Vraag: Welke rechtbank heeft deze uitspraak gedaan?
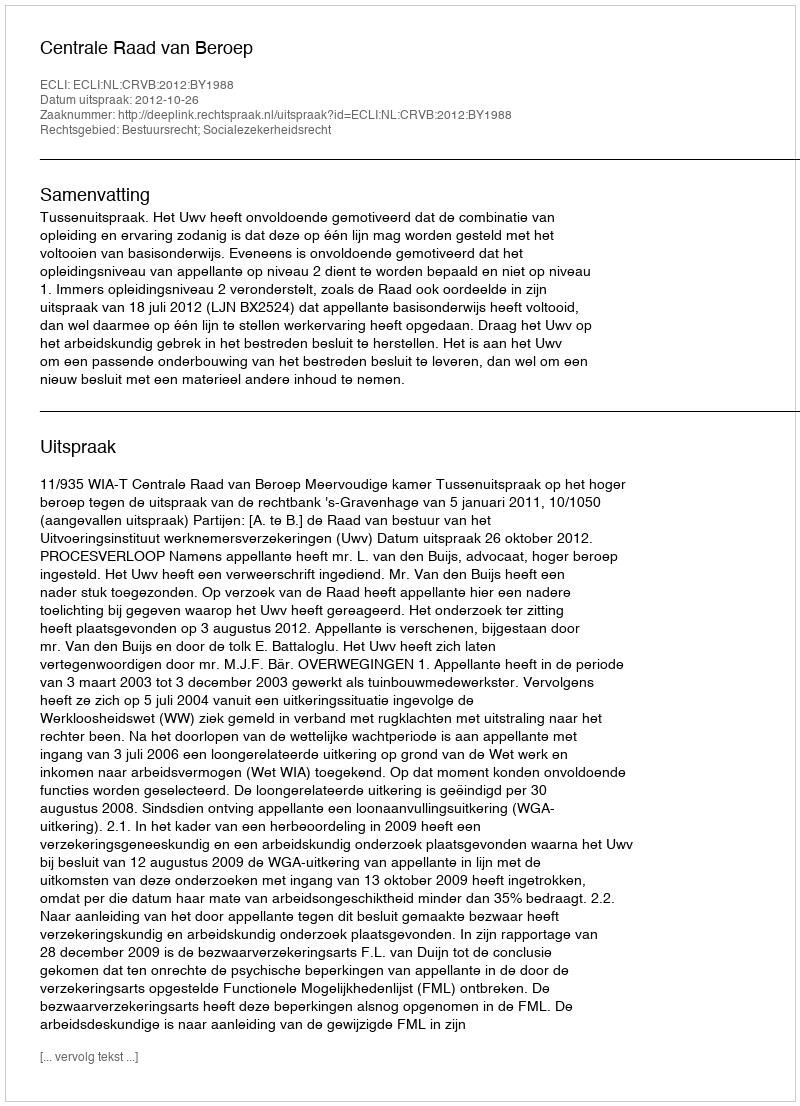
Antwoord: Centrale Raad van Beroep